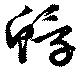
蜉